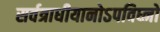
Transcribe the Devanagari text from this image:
सर्वत्राधीयानोऽपविघ्नो